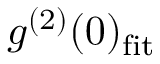
g ^ { ( 2 ) } ( 0 ) _ { \mathrm { f i t } }